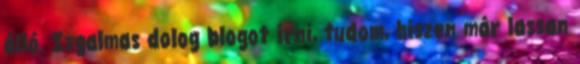
álló. Izgalmas dolog blogot írni, tudom, hiszen már lassan